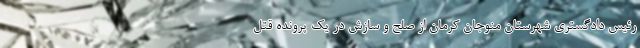
رئیس دادگستری شهرستان منوجان کرمان از صلح و سازش در یک پرونده قتل